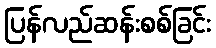
ပြန်လည်ဆန်းစစ်ခြင်း